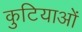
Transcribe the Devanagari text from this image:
कुटियाओं